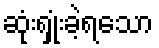
ဆုံးရှုံးခဲ့ရသော